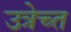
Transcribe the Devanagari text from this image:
उत्रेच्त